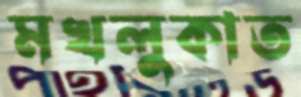
মখলুকাত